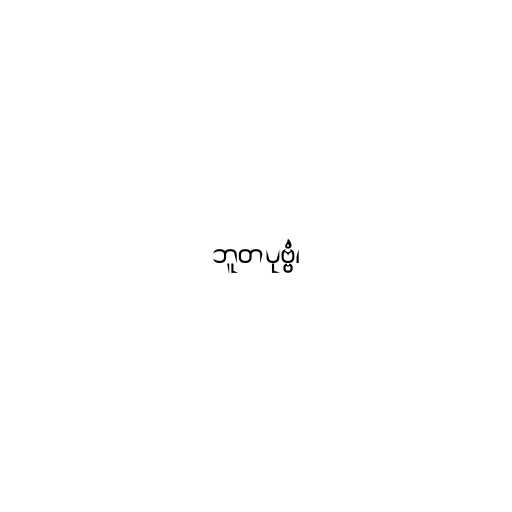
ဘူတပုဗ္ဗံ၊